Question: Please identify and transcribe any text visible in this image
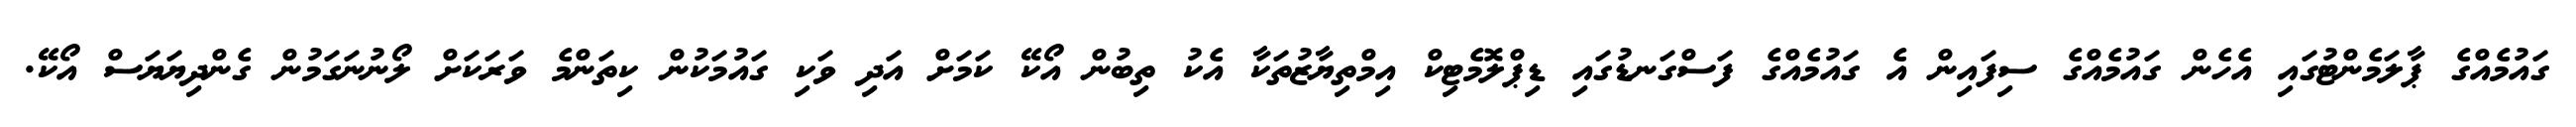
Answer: ގައުމެއްގެ ޕާލަމެންޓުގައި އެހެން ގައުމެއްގެ ސިފައިން އެ ގައުމެއްގެ ފަސްގަނޑުގައި ޑިޕްލޮމެޓިކް އިމްތިޔާޒުތަކާ އެކު ތިބުން އޯކޭ ކަމަށް އަދި ވަކި ގައުމަކުން ކިތަންމެ ވަރަކަށް ލޯނުނަގަމުން ގެންދިޔަޔަސް އޯކޭ.